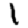
Digit: 1